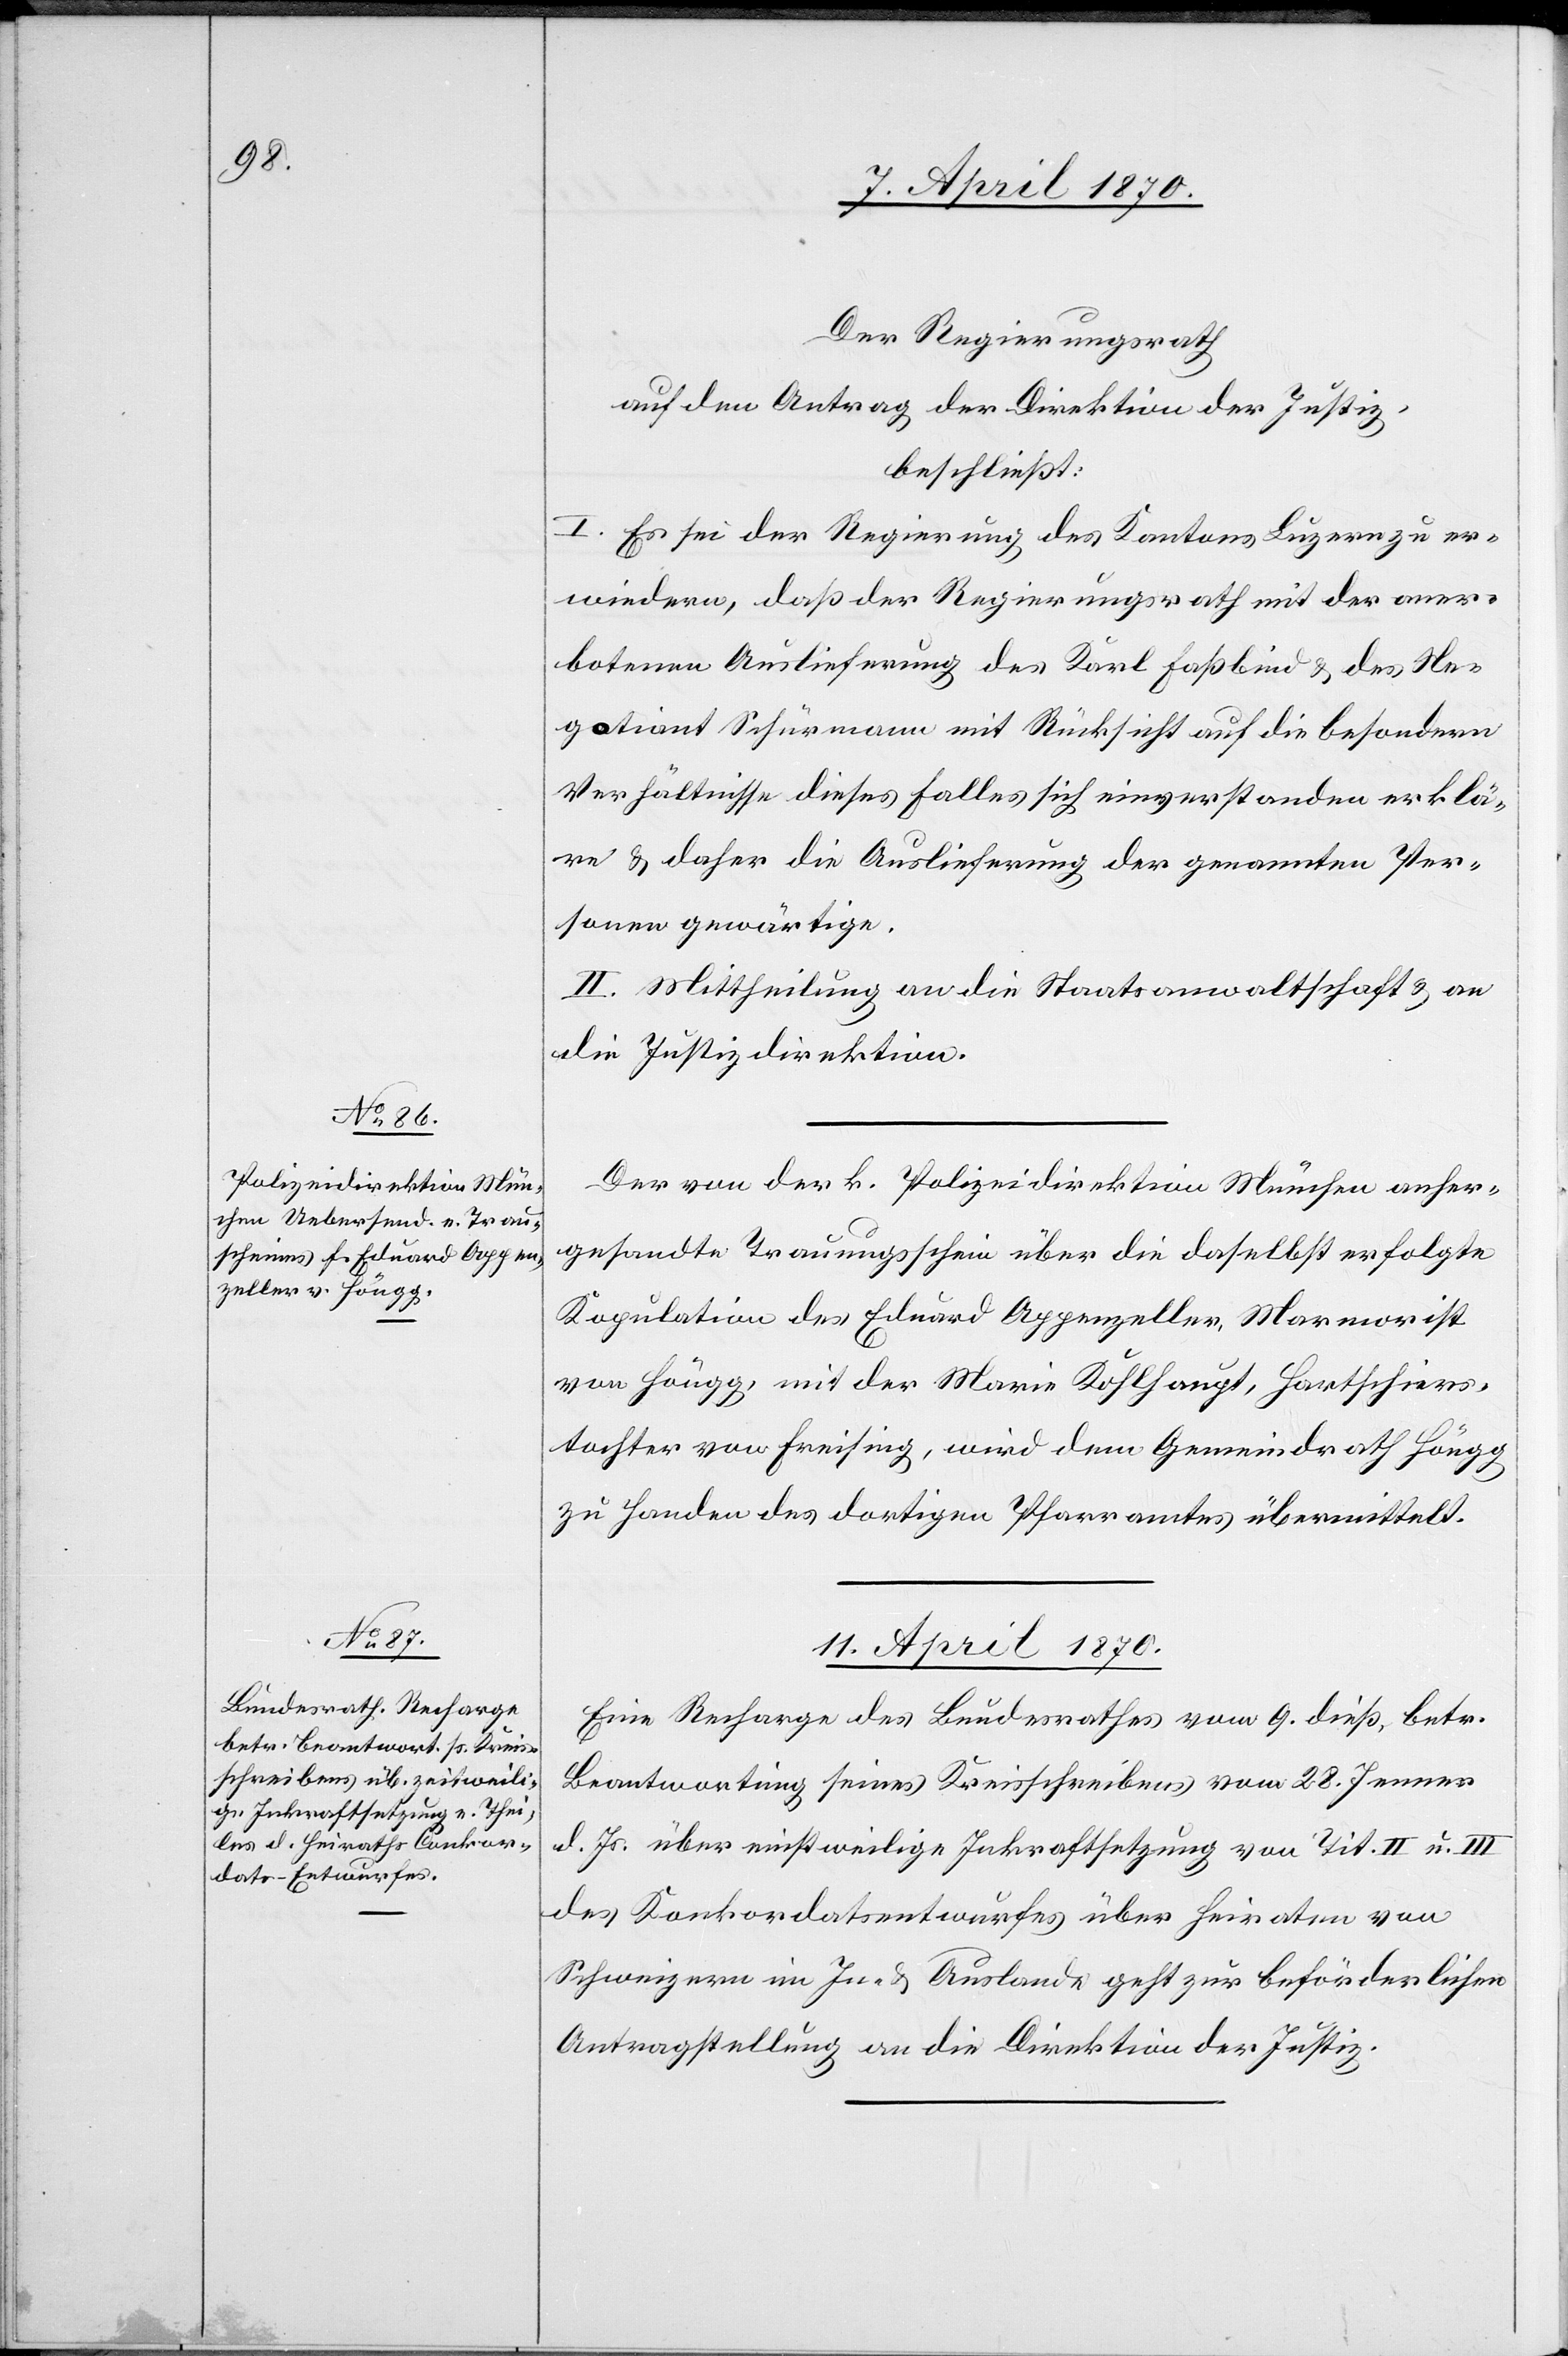
9. April 1870.]
Der Regierungsrath
auf den Antrag der Direktion der Justiz,
beschließt:
I. Es sei der Regierung des Kantons Luzern zu er¬
wiedern, daß der Regierungsrath mit der aner¬
botenen Auslieferung des Karl Faßbind & des Ne¬
gotiant Schürmann mit Rücksicht auf die besondern
Verhältnisse dieses Falles sich einverstanden erklä¬
re & daher die Auslieferung der genannten Per¬
sonen gewärtige.
II. Mittheilung an die Staatsanwaltschaft & an
die Justizdirektion.
Der von der k. Polizeidirektion München anher¬
gesandte Trauungsschein über die daselbst erfolgte
Kopulation des Eduard Appenzeller, Marmorist
von Höngg, mit der Maria Kohlhaupt, Hartschiers¬
tochter von Freising, wird dem Gemeindrath Höngg
zu Handen des dortigen Pfarramtes übermittelt.
11. April 1870.
Eine Recharge des Bundesrathes vom 9. dieß, betr.
Beantwortung seines Kreisschreibens vom 28. Jenner
d. Js. über einstweilige Inkraftsetzung von Tit. II u. III
des Konkordatsentwurfes über Heiraten von
Schweizern im In- & Auslande geht zur beförderlichen
Antragstellung an die Direktion der Justiz.